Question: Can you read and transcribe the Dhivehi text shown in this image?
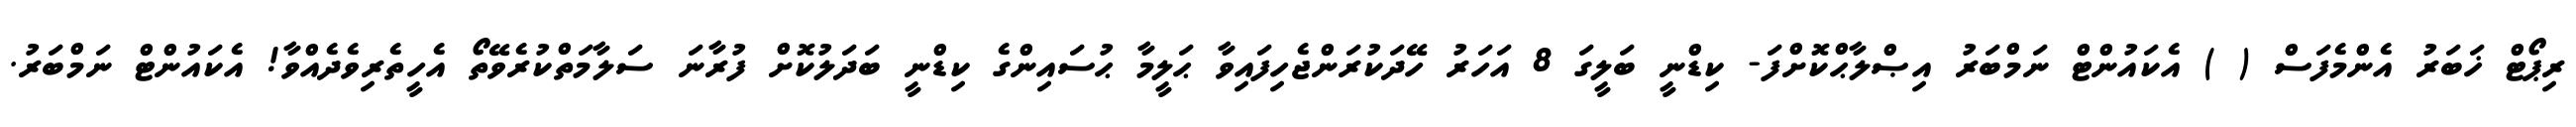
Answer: ރިޕޯޓް ޚަބަރު އެންމެފަސް ( ) އެކައުންޓް ނަމްބަރު އިޞްލާޙްކޮށްފަ- ކިޑްނީ ބަލީގަ 8 އަހަރު ހޭދަކުރަންޖެހިފައިވާ ޙަލީމާ ޙުސައިންގެ ކިޑްނީ ބަދަލުކޮށް ފުރާނަ ސަލާމަތްކުރެވޭތޯ އެހީތެރިވެދެއްވާ! އެކައުންޓް ނަމްބަރު.